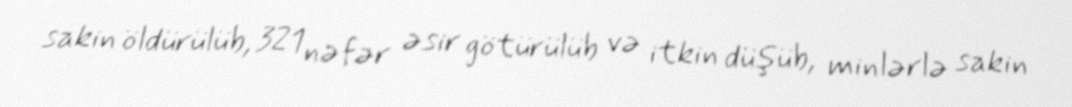
sakin öldürülüb, 321 nəfər əsir götürülüb və itkin düşüb, minlərlə sakin